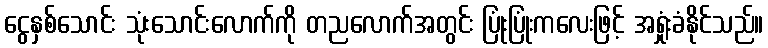
ငွေနှစ်သောင်း သုံးသောင်းလောက်ကို တညလောက်အတွင်း ပြုံးပြုံးကလေးဖြင့် အရှုံးခံနိုင်သည်။